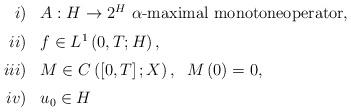
LaTeX: \begin{align*}\begin{array}[c]{rl}i)& A:H\rightarrow2^{H}\ \alpha\text{-maximal monotoneoperator,}\medskip\\ii)& f\in L^{1}\left( 0,T;H\right) ,\medskip\\iii)& M\in C\left( \left[ 0,T\right] ;X\right) ,\;\;M\left(0\right) =0,\medskip\\iv)& u_{0}\in H\end{array}\end{align*}